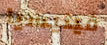
فينيسيا